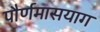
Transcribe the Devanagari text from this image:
पौर्णमासयाग